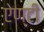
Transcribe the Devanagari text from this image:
ऐण्टी